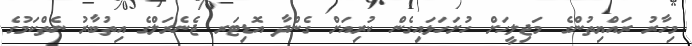
މިހާރު ރައްޔިތުންގެ މަޖިލީހަށް ހުށަހަޅައިގެން ކުރިއަށް ގެންދާ އޮޑިޓަރ ޖެނެރަލްގެ އިތުބާރު ނެތްކަމުގެ